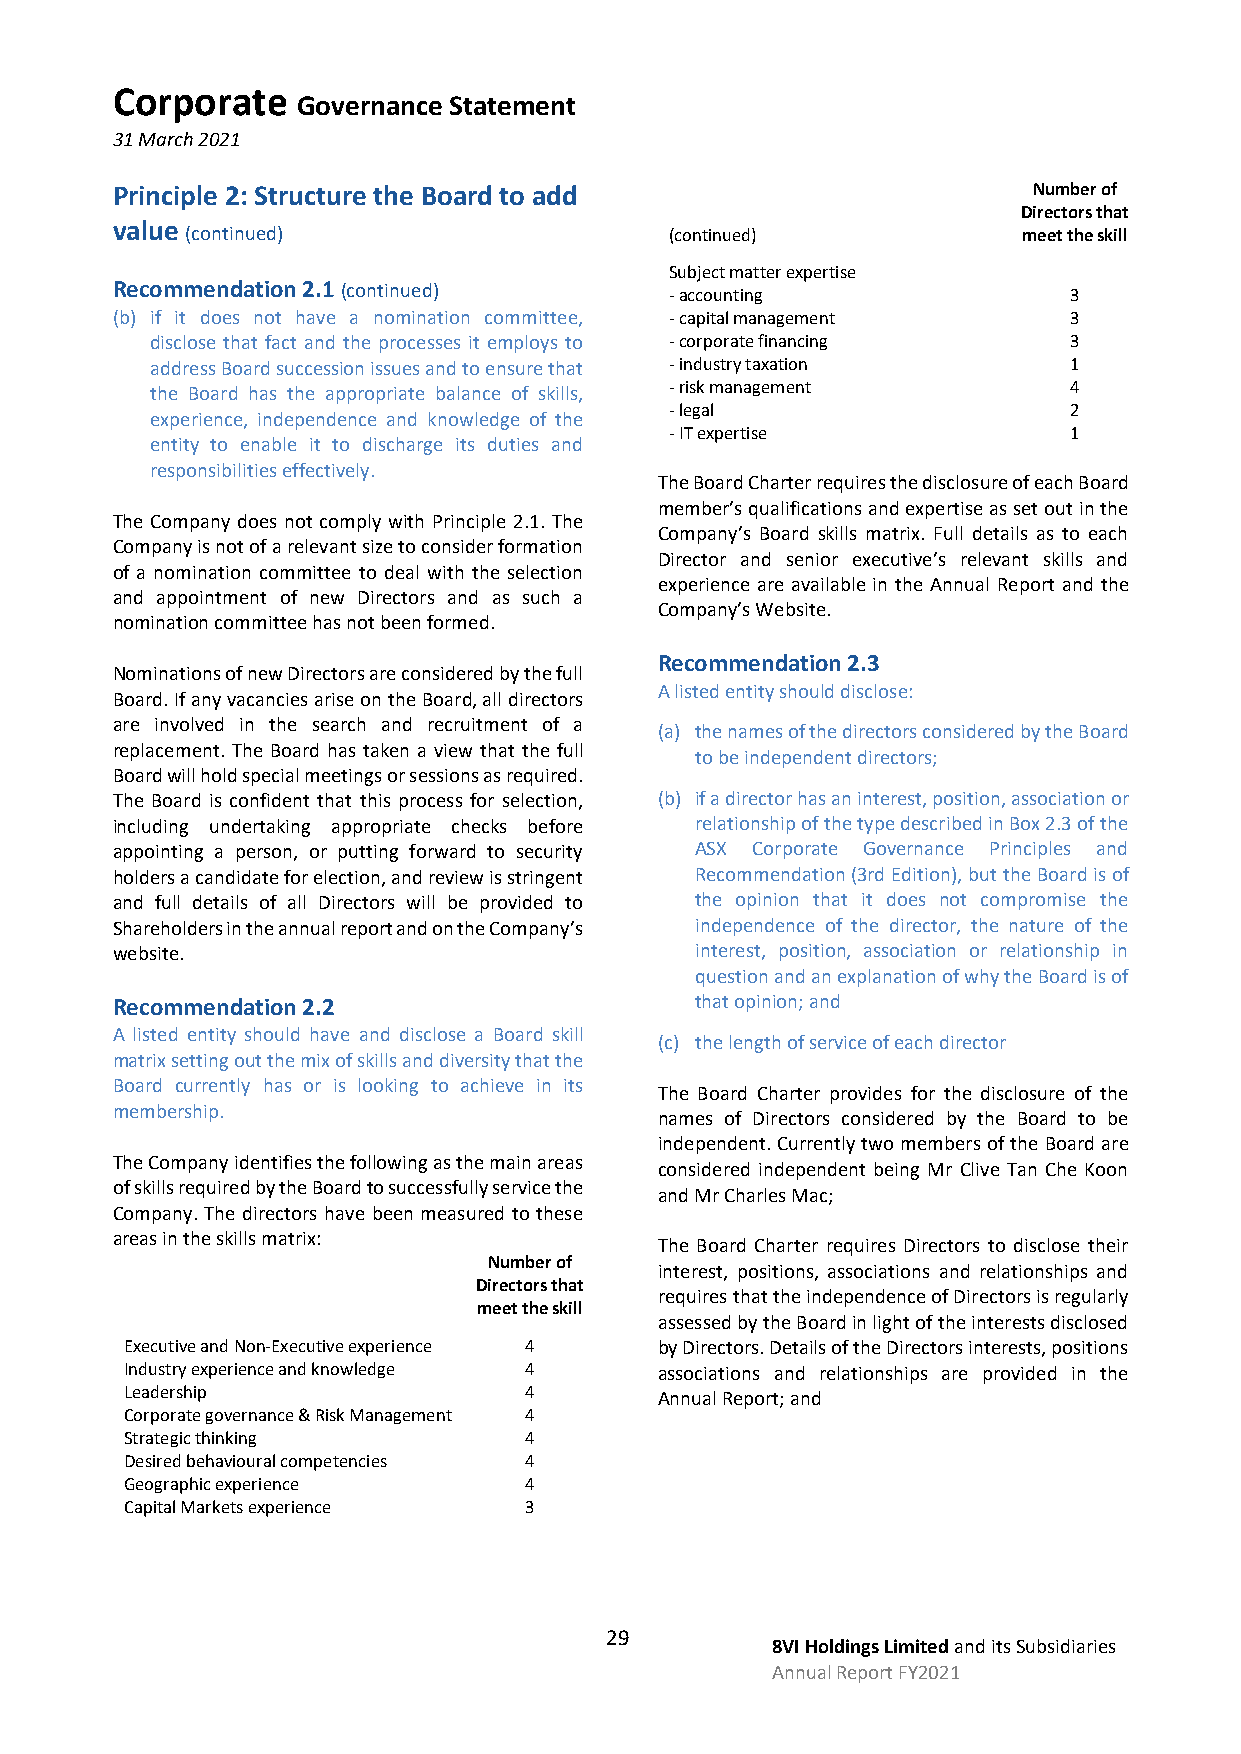
Corporate
 Governance Statement
 31 March 2021
 Principle 2: Structure the Board to add                      Number of
 Directors that
 value
 (continued)                     (continued)             meet the skill
 Subject matter expertise
 Recommendation 2.1 (continued)       - accounting               3
 (b) if it does not have a nomination committee, - capital management 3
 disclose that fact and the processes it employs to - corporate financing 3
 address Board succession issues and to ensure that - industry taxation 1
 the Board has the appropriate balance of skills, - risk management 4
 - legal                    2
 experience, independence and knowledge of the
 - IT expertise             1
 entity to enable it to discharge its duties and
 responsibilities effectively.
 The Board Charter requires the disclosure of each Board
 member’s qualifications and expertise as set out in the
 The Company does not comply with Principle 2.1. The
 Company’s Board skills matrix. Full details as to each
 Company is not of a relevant size to consider formation
 Director and senior executive’s relevant skills and
 of a nomination committee to deal with the selection
 experience are available in the Annual Report and the
 and appointment of new Directors and as such a
 Company’s Website.
 nomination committee has not been formed.
 Recommendation 2.3
 Nominations of new Directors are considered by the full
 A listed entity should disclose:
 Board. If any vacancies arise on the Board, all directors
 are involved in the search and recruitment of a
 (a) the names of the directors considered by the Board
 replacement. The Board has taken a view that the full
 to be independent directors;
 Board will hold special meetings or sessions as required.
 The Board is confident that this process for selection, (b) if a director has an interest, position, association or
 including undertaking appropriate checks before relationship of the type described in Box 2.3 of the
 appointing a person, or putting forward to security ASX Corporate Governance Principles and
 holders a candidate for election, and review is stringent Recommendation (3rd Edition), but the Board is of
 and full details of all Directors will be provided to the opinion that it does not compromise the
 Shareholders in the annual report and on the Company’s independence of the director, the nature of the
 website.                               interest, position, association or relationship in
 question and an explanation of why the Board is of
 Recommendation 2.2                     that opinion; and
 A listed entity should have and disclose a Board skill
 (c) the length of service of each director
 matrix setting out the mix of skills and diversity that the
 Board currently has or is looking to achieve in its
 The Board Charter provides for the disclosure of the
 membership.
 names of Directors considered by the Board to be
 independent. Currently two members of the Board are
 The Company identifies the following as the main areas
 considered independent being Mr Clive Tan Che Koon
 of skills required by the Board to successfully service the
 and Mr Charles Mac;
 Company. The directors have been measured to these
 areas in the skills matrix:
 The Board Charter requires Directors to disclose their
 Number of
 interest, positions, associations and relationships and
 Directors that
 requires that the independence of Directors is regularly
 meet the skill
 assessed by the Board in light of the interests disclosed
 Executive and Non-Executive experience 4 by Directors. Details of the Directors interests, positions
 Industry experience and knowledge 4 associations and relationships are provided in the
 Leadership                 4        Annual Report; and
 Corporate governance & Risk Management 4
 Strategic thinking         4
 Desired behavioural competencies 4
 Geographic experience      4
 Capital Markets experience 3
 29
 8VI Holdings Limited and its Subsidiaries
 Annual Report FY2021